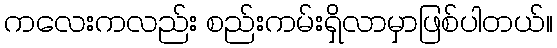
ကလေးကလည်း စည်းကမ်းရှိလာမှာဖြစ်ပါတယ်။